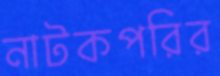
নাটকপরির